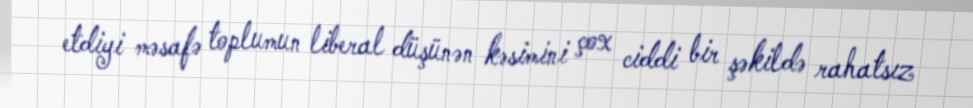
etdiyi məsafə toplumun liberal düşünən kəsimini çox ciddi bir şəkildə rahatsız